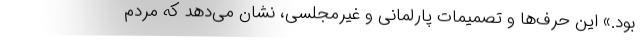
بود.» این حرف‌ها و تصمیمات پارلمانی و غیرمجلسی، نشان می‌دهد که مردم